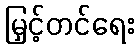
မြှင့်တင်ရေး